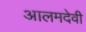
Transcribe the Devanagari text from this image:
आलमदेवी